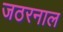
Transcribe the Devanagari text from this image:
जठरनाल